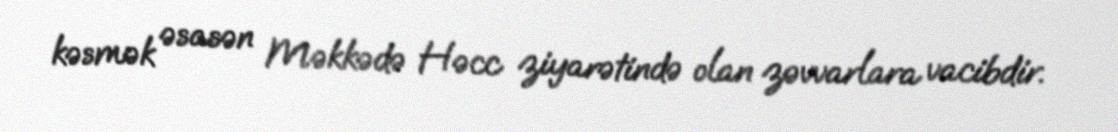
kəsmək əsasən Məkkədə Həcc ziyarətində olan zəvvarlara vacibdir.